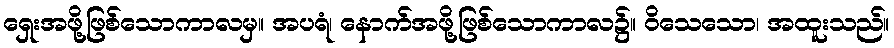
ရှေးအဖို့ဖြစ်သောကာလမှ။ အပရံ၊ နောက်အဖို့ဖြစ်သောကာလ၌။ ဝိသေသော၊ အထူးသည်။